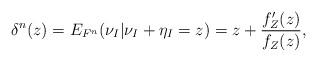
LaTeX: \begin{align*}\delta^n(z)=E_{F^n}(\nu_I|\nu_I+\eta_I=z)= z+ \frac{f_{Z}'(z)}{f_{Z}(z)},\end{align*}